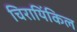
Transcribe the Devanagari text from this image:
चिरायिंकिल